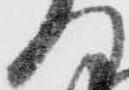
門